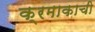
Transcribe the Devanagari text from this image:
क्रमाकाची